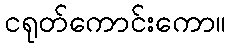
ငရုတ်ကောင်းကော။